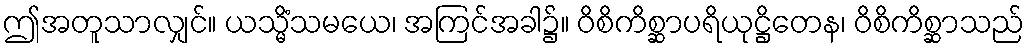
ဤအတူသာလျှင်။ ယသ္မိံသမယေ၊ အကြင်အခါ၌။ ဝိစိကိစ္ဆာပရိယုဋ္ဌိတေန၊ ဝိစိကိစ္ဆာသည်